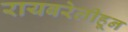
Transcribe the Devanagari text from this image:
रायबरेलीहून